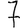
Digit: 7